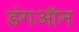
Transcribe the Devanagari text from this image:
डंगऑन